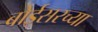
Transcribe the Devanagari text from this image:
बोईसरच्या